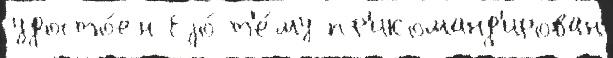
удосто́ен Еjо́ т'е́му пр'икоманд'ирован